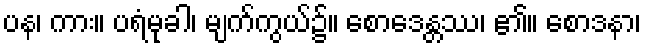
ပန၊ ကား။ ပရံမုခါ၊ မျက်ကွယ်၌။ စောဒေန္တဿ၊ ၏။ စောဒနာ၊